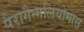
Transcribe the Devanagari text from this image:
पैरागैन्गलियोमास